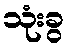
သုံးခွ